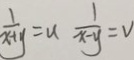
\frac { 1 } { x + y } = u \frac { 1 } { x - y } = v